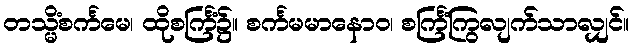
တသ္မိံစင်္ကမေ၊ ထိုစင်္ကြံ၌။ စင်္ကမမာနောဝ၊ စင်္ကြံကြွလျက်သာလျှင်။